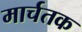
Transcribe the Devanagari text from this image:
मार्चतक